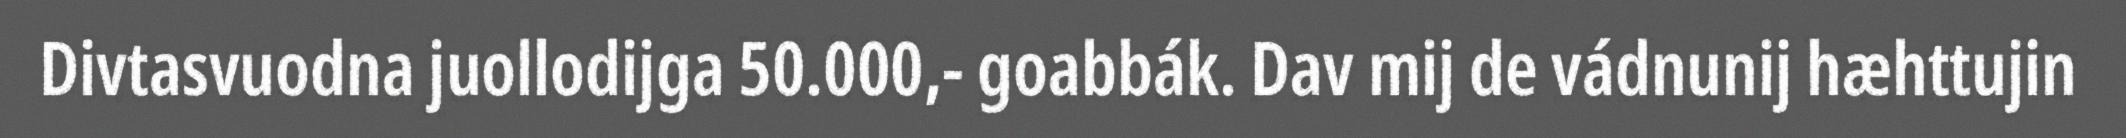
Divtasvuodna juollodijga 50.000,- goabbák. Dav mij de vádnunij hæhttujin